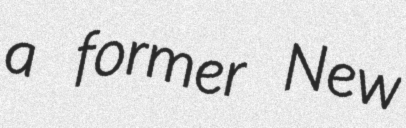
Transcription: a former New